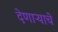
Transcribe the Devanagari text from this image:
देणाऱ्याचे